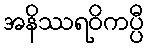
အနိဿရဝိကပ္ပီ